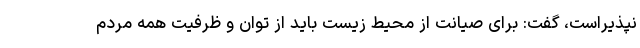
نپذیراست، گفت: برای صیانت از محیط زیست باید از توان و ظرفیت همه مردم